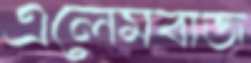
এলেমবাজ